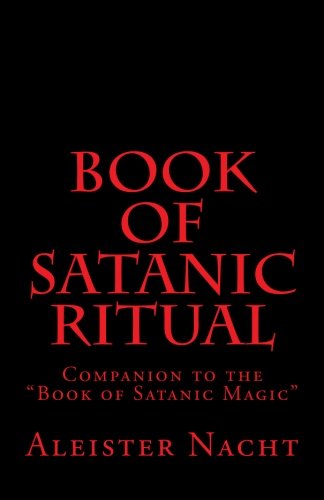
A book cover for Book of Satanic Ritual: Companion to the "Book of Satanic Magic"; Aleister Nacht; Religion & Spirituality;